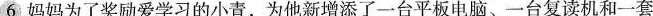
6 妈妈为了奖励爱学习的小青，为他新增添了一台平板电脑、一台复读机和一套